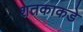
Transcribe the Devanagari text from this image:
शतकाकडे